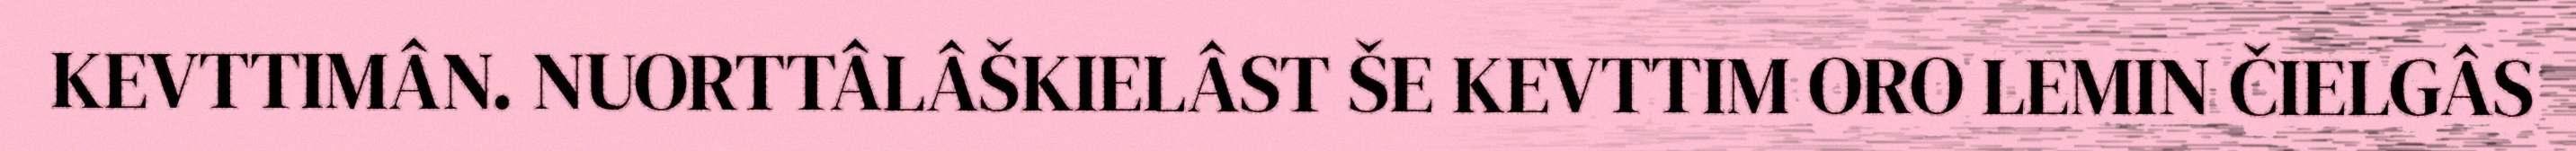
KEVTTIMÂN. NUORTTÂLÂŠKIELÂST ŠE KEVTTIM ORO LEMIN ČIELGÂS